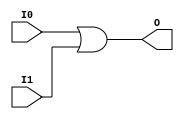
module OR2 (O, I0, I1);

    output O;

    input  I0, I1;

    or O1 (O, I0, I1);


endmodule